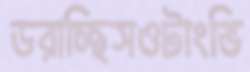
ডরাচ্ছিসওটাংভি